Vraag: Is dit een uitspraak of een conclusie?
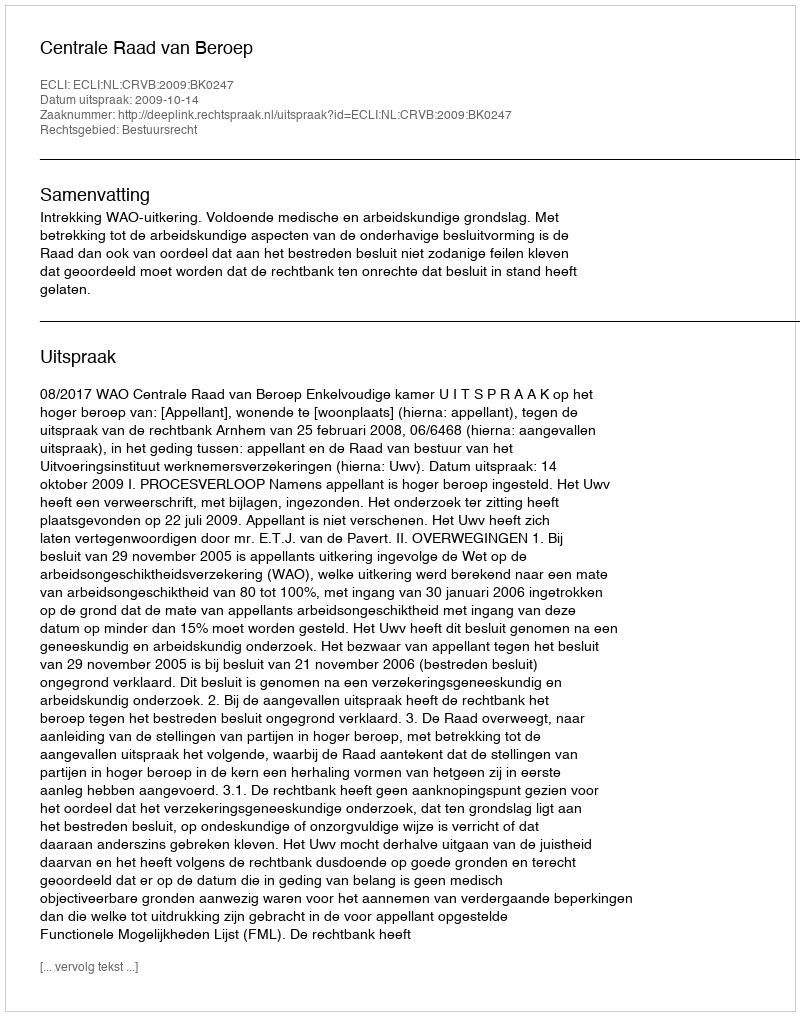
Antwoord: Uitspraak